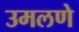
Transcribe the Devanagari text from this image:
उमलणे